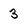
Character: 3